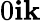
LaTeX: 0\le i\le k